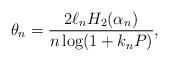
LaTeX: \begin{align*}\theta_n = \frac{2 \ell_n H_2(\alpha_n)}{n \log (1+ k_n P)},\end{align*}